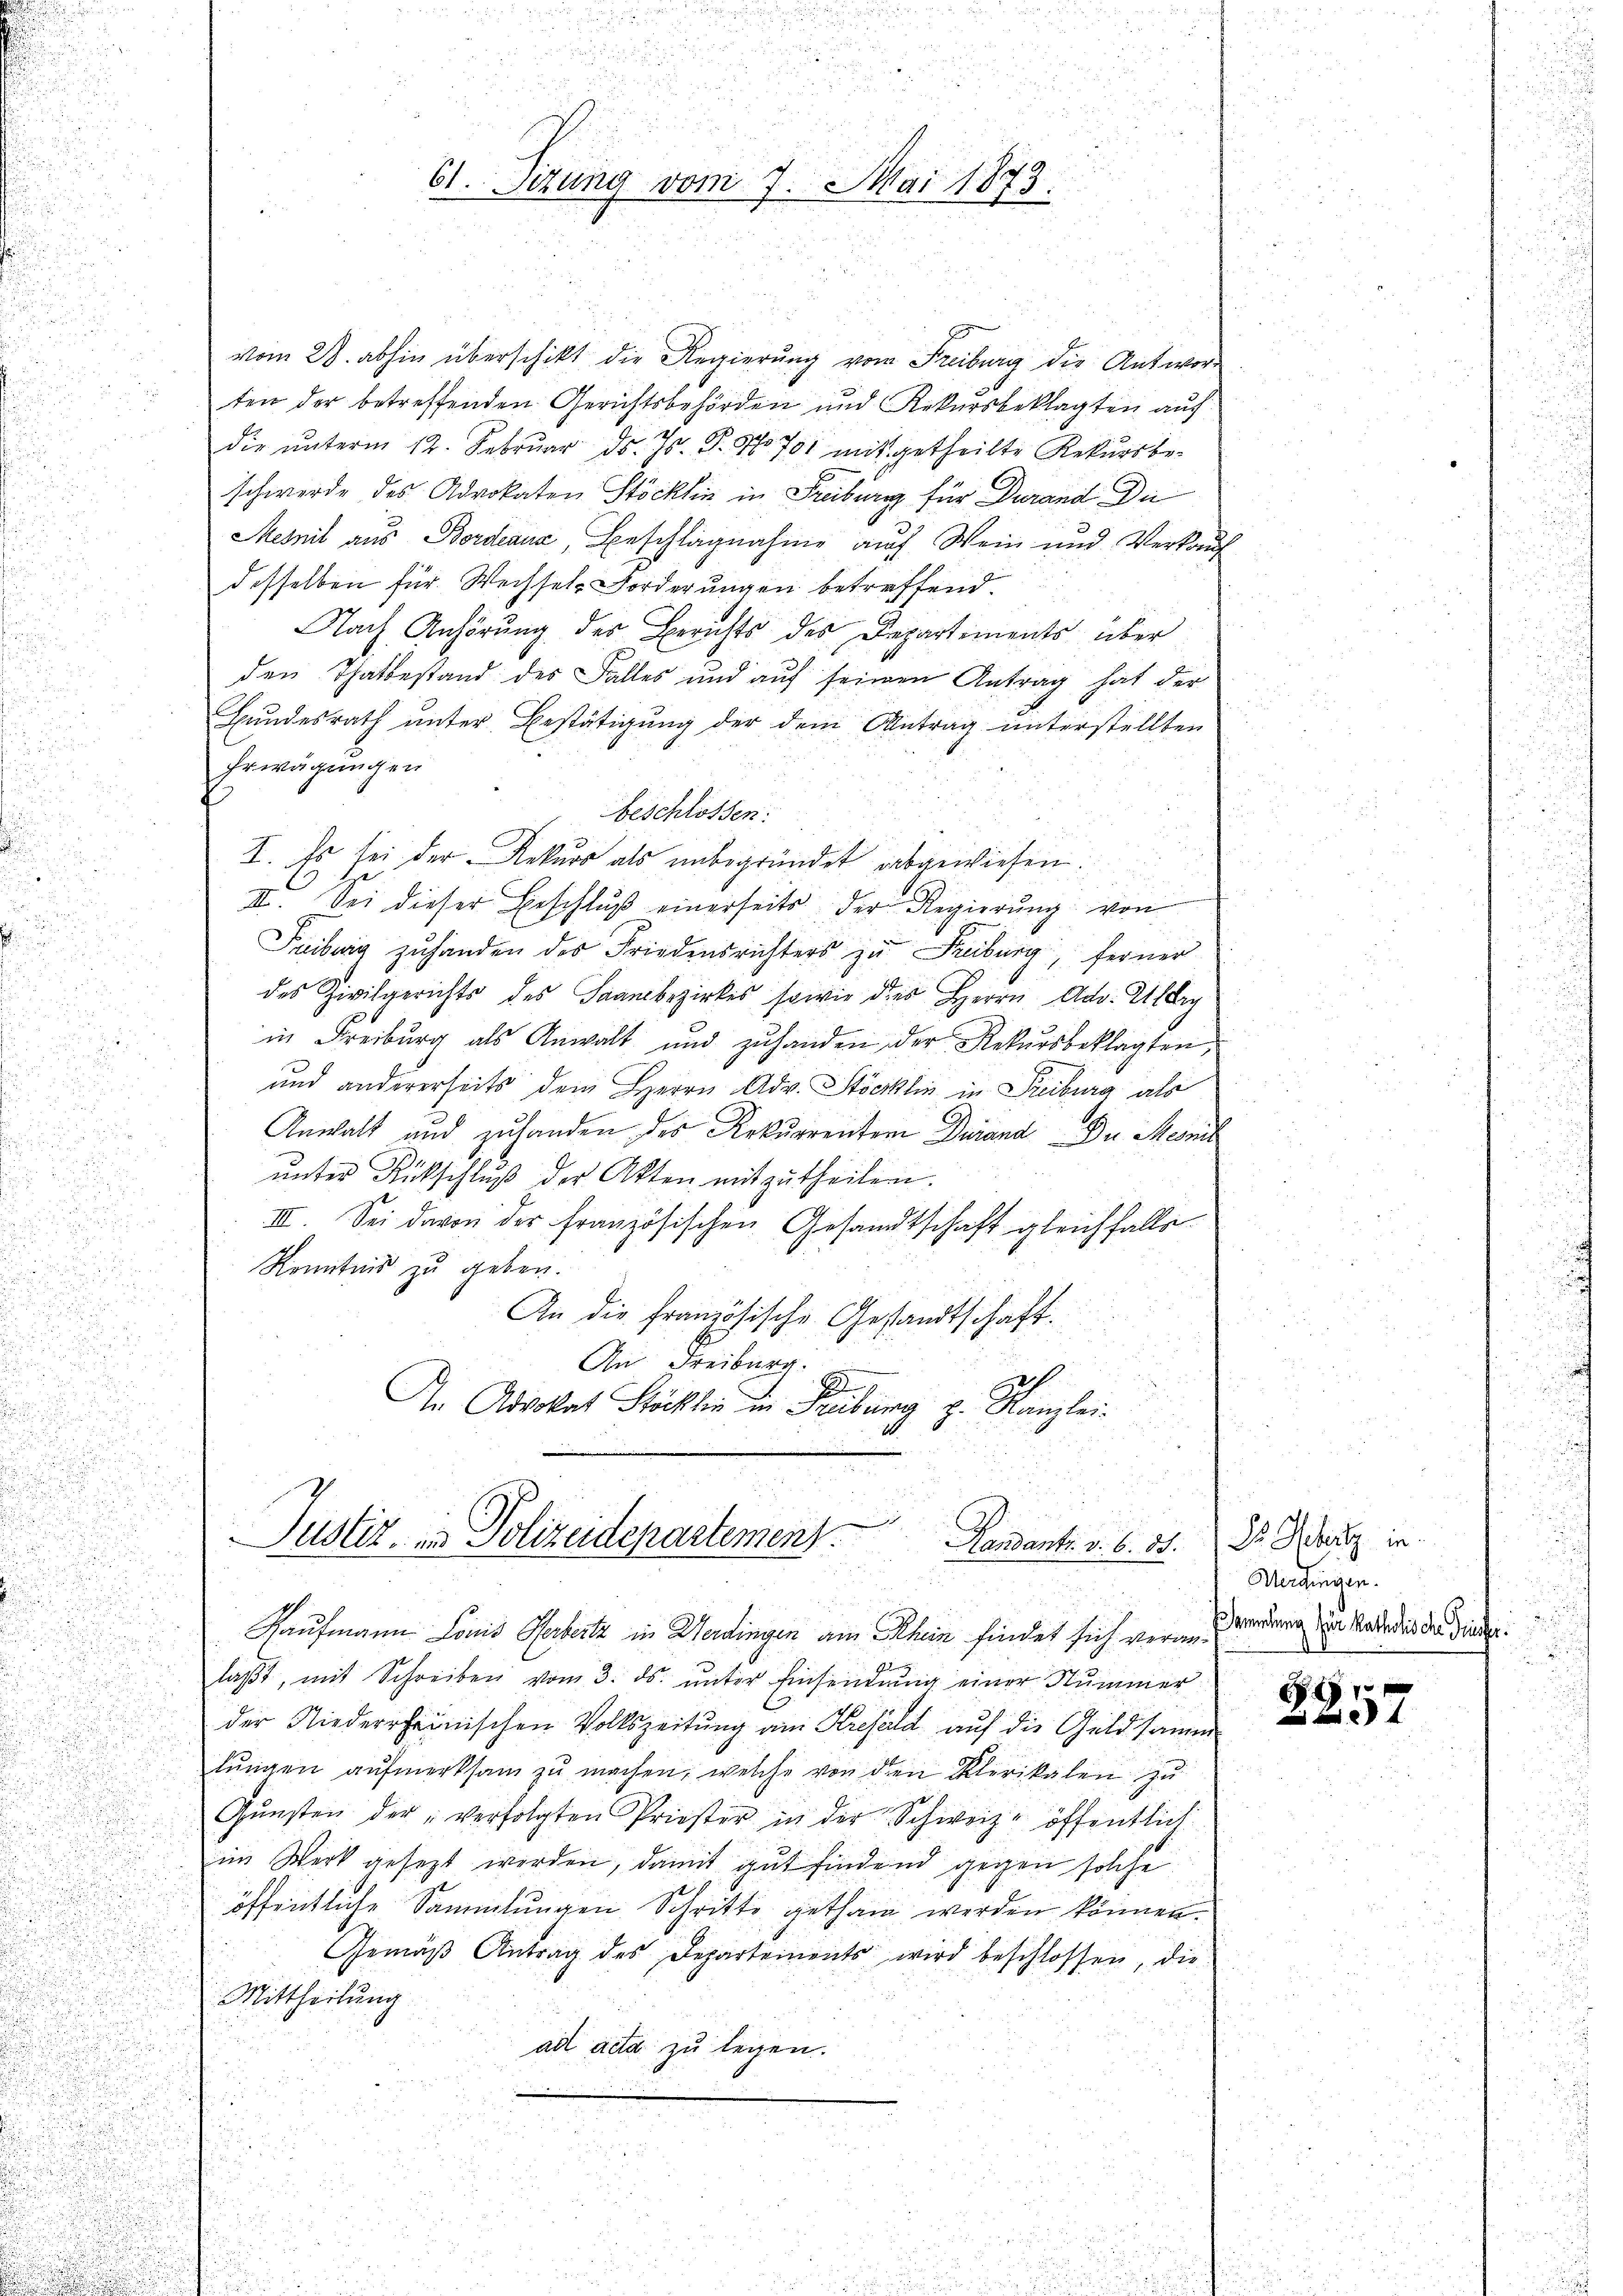
61. Sizung vom 7. Mai 1873.

vom 28. abhin überschikt die Regierŭng vom Freiburg die Antwor-
ten der betreffenden Gerichtsbehörden und Rekursbeklagten auf
die unterm 12. Februar d. Js. P. No 791 mitgetheilte Rekursbe-
schwerde des Advokaten Stöcklin in Freiburg für Durand Du
Mesnil aus Bordeaus, Beschlagnahme auf Wein und Verkauf
desselben für Wechseln Forderungen betreffend.
Nach Anhörung des Berichts des Departements über
den Thatbestand des Falles und aŭf seinen Antrag hat der
Bundesrath unter Bestätigung der dem Antrag unterstellten
Erwägungen
beschlossen:
I. Es sei der Rekurs als unbegründet abgewiesen.
II. Sei dieser Beschlŭβ einerseits der Regierŭng von
Faiburg zuhanden des Friedensrichters zu Freiburg, ferner
des Zivilgerichts des Saambezirkes sowie dies Herrn Adv. Überg
in Freiburg als Anwalt und zuhanden der Rekursbeklagten,
und andererseits dem Herrn Adv. Stöcklin in Freiburg als
Anwalt und zuhanden des Rekurrenten Darand Du Meil
ŭnter Rückschlŭβ der Akten mitzutheilen.
III. Sei davon der französischen Gesandtschaft gleichfalls
Kenntnis zu geben.
An die französische Gestandtschaft.
An Freiburg.
An Advokat Stöcklin in Freiburg z. Kanzlei-
3
Justiz, in Polizeidepartemen
Handants. v. 6. ds. Dr. Hebert in
.
Kaufmann Louis Herbeitz in Werdingen am Rhein findet sich verne andern in Rade die der Filaβt, mit Schreiben vom 3. ds. ŭnter Einsendŭng einer Nummer
der Niederrheinischen Volkszeitung am Krefeld auf die Geldsamm
lungen aufmerksam zu machen, welche von den Klerikalen zu
Gŭnsten der verfolgten Priester in der Schweiz. öffentlich
u
im Werk gesezt werden, damit gut findend gegen solche
öffentliche Sammlungen Schritte gethan werden können.
Gemäβ Antrag des Departements wird beschlossen, die
Mittheilung
ad acta zu legen.

Werdingen.

11 x